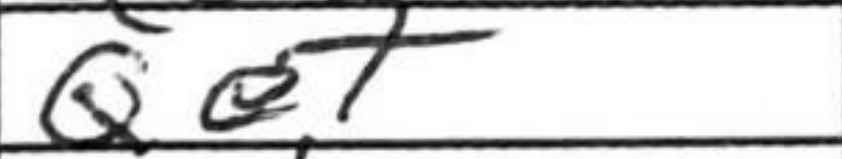
Transcription: Qe7